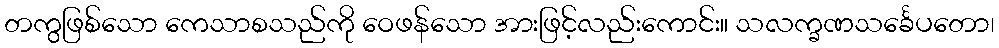
တကွဖြစ်သော ကေသာစသည်ကို ဝေဖန်သော အားဖြင့်လည်းကောင်း။ သလက္ခဏသင်္ခေပတော၊